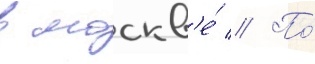
в москв'е́ // По́